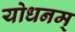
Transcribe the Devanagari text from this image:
योधनम्